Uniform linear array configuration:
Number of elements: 24
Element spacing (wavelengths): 1
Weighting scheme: blackman
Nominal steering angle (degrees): -45
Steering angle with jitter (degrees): -44.186
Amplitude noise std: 0.05
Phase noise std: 0.05

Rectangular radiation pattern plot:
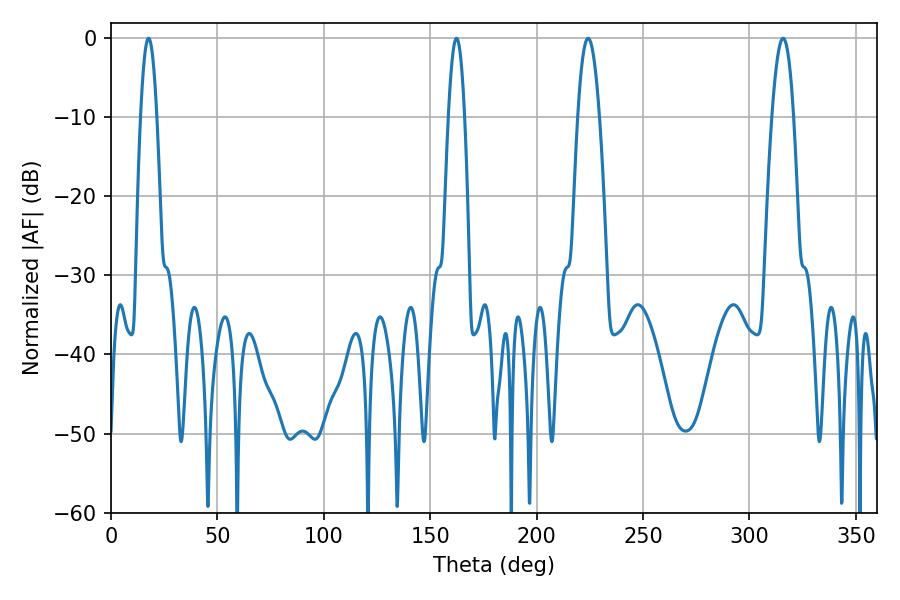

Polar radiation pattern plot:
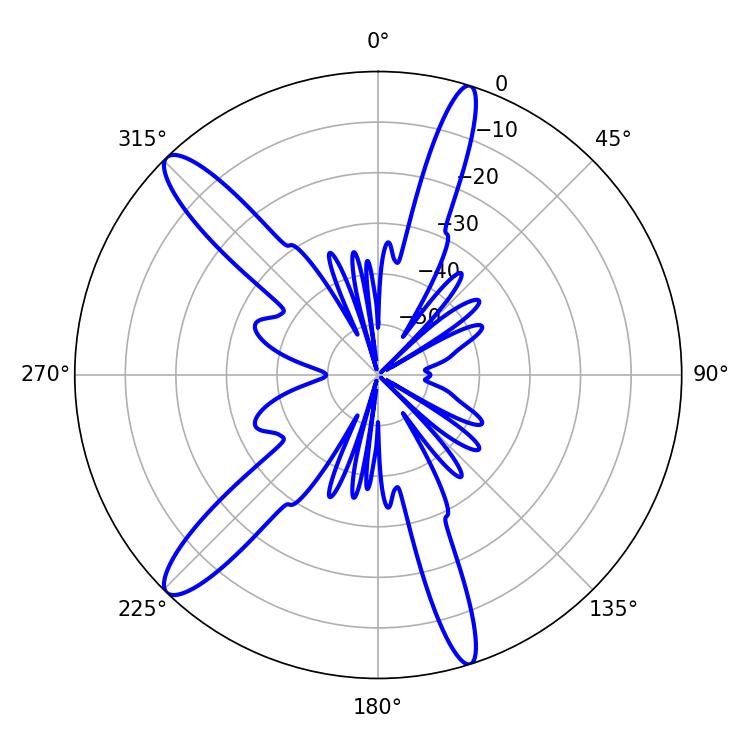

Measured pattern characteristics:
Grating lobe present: TRUE
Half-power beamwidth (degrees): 4.14
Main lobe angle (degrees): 17.64